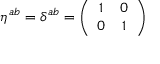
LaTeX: \eta ^ { a b } = \delta ^ { a b } = \left( \begin{array} { c c } { { 1 } } & { { 0 } } \\ { { 0 } } & { { 1 } } \end{array} \right)